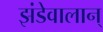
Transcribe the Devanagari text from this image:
झंडेवालान्